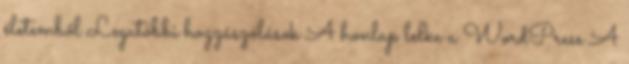
életemből Legutóbbi hozzászólások A honlap lelke a WordPress A